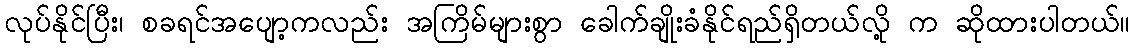
လုပ်နိုင်ပြီး၊ စခရင်အပျော့ကလည်း အကြိမ်များစွာ ခေါက်ချိုးခံနိုင်ရည်ရှိတယ်လို့ က ဆိုထားပါတယ်။